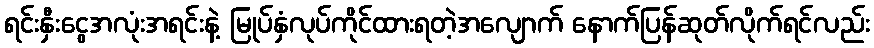
ရင်းနှီးငွေအလုံးအရင်းနဲ့ မြုပ်နှံလုပ်ကိုင်ထားရတဲ့အလျောက် နောက်ပြန်ဆုတ်လိုက်ရင်လည်း